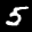
Label: 5